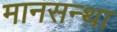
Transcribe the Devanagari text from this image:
मानसन्था